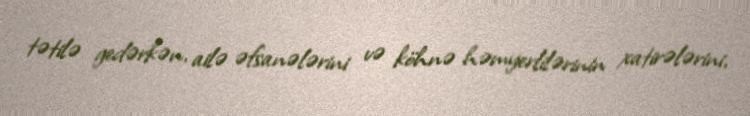
tətilə gedərkən, ailə əfsanələrini və köhnə həmyerlilərinin xatirələrini,